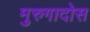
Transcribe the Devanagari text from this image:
मुरुगादोस